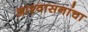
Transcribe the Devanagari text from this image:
आश्वासनांचा